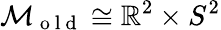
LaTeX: \mathcal{M}_{\mathrm{~o~l~d~}}\cong\mathbb{R}^{2}\times S^{2}